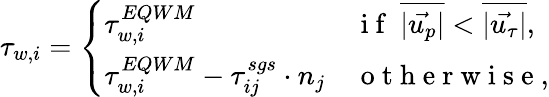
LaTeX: \tau_{w,i}=\left\{ \begin{array}{ll}{\tau_{w,i}^{EQWM}}&{\mathrm{~i~f~}\ \overline{{|\vec{u_{p}}|}}<\overline{{|\vec{u_{\tau}}|}},}\\ {\tau_{w,i}^{EQWM}-\tau_{ij}^{sgs}\cdot n_{j}}&{\mathrm{~o~t~h~e~r~w~i~s~e~},}\end{array}\right.